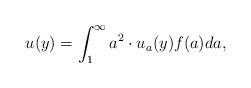
LaTeX: \begin{align*}u(y)= \int_1^{\infty} a^2 \cdot u_a(y) f(a) da,\end{align*}